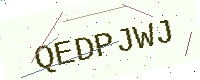
Text: QEDPJWJ